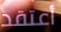
أعتقد